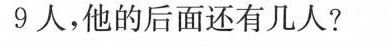
9人，他的后面还有几人?